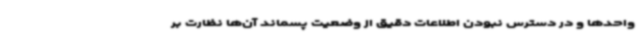
واحدها و در دسترس نبودن اطلاعات دقیق از وضعیت پسماند آن‌ها نظارت بر